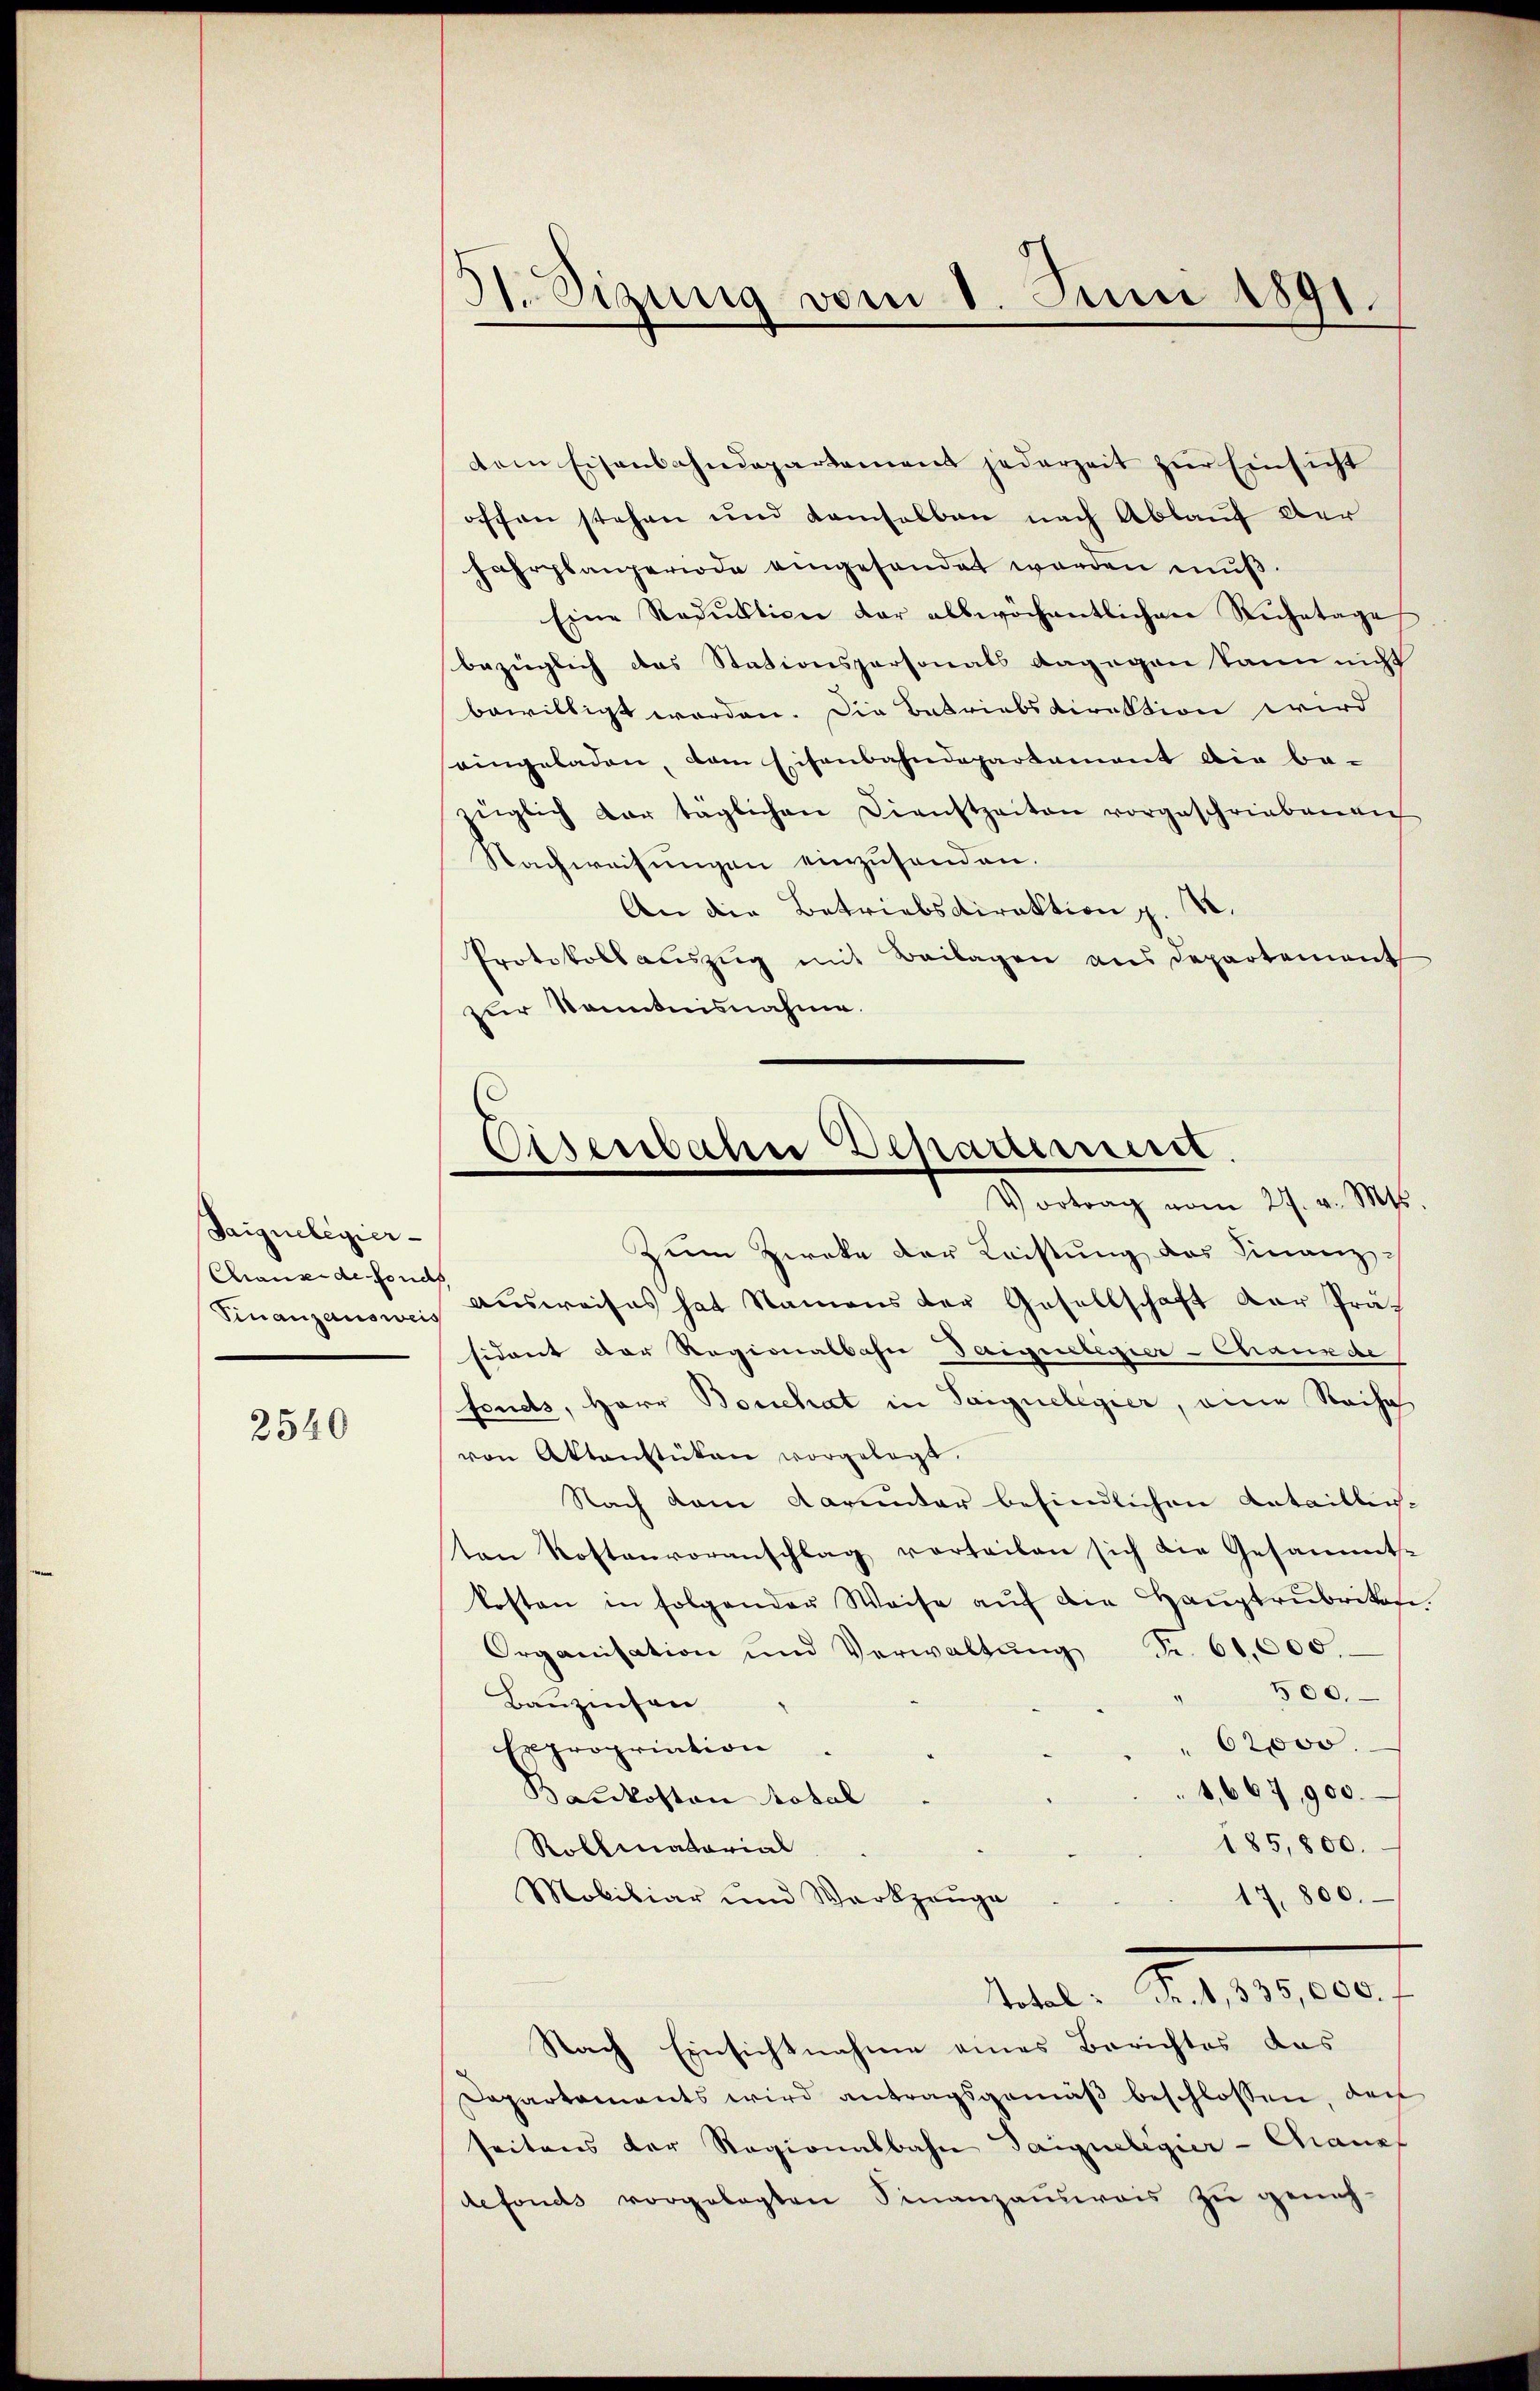
Saignelegier-
Chause de fonds,

2540

31. Sizung vom 1. Juni 1891.

dem Eisenbahndepartement jederzeit zur Einsicht
offen stehen und demselben nach Ablauf der
Fahrplanperiode eingesandet worden muß.
Eine Reduktion der allwöchentlichen Ruhetage
bezüglich das Stationspersonals dagegen kann nicht
bewilligt worden. Die Betriebsdirektion wird
eingeladen, vom Eisenbahndepartement die be-
züglich dar täglichen Dienstzeiten vorgeschriebenen
Nachweisungen einzusenden.
An die Betriebsdirektion z. B.
Protokoll auszug mit Beilagen aus Departement
zur Kenntnisnahme.

Eisenbahn Departement.
Vortrag vom 27. v. Mts.

Zum Zweke der Leistung das Finanz¬
Finanzausweis aŭsweises hat Namens der Gesellschaft der Prä-
sidreit der Regionalbahn Taiguelegier-Chauxde
fonds, Herr Bouchat in Saignelegier, eine Reihe
von Aktenstüken vorgelegt.
Nach dem darunter befindlichen Kataillich-
on Kostenvoranschlag vorteilen sich die Gesammt-
kosten in folgender Weise aŭf die Haŭptrubrikane
Organisation und Verwaltŭng Fr. 61,000.
300.
Bauzinsen
62000.
Expropriation
1,667, 900.
Bašekosten total
185,800.
Robliatorial
17,800.
Molitiar und Werkzeuge
Total: Fr. 4, 335,000.
Nach Einsichtnahme eines Berichtes das
Dapartements wird antragsgemäß beschlossen, der
seitens der Ragionalbahn Taigueligier-Granzf
defonds vorgelegten Finanzausweis zu geneh-